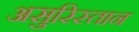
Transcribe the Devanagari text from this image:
असुरिस्तान